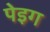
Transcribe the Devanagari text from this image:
पेइग